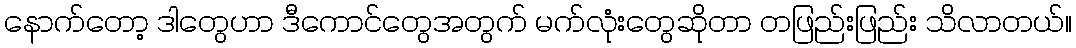
နောက်တော့ ဒါတွေဟာ ဒီကောင်တွေအတွက် မက်လုံးတွေဆိုတာ တဖြည်းဖြည်း သိလာတယ်။